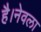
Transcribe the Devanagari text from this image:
है।नेवला